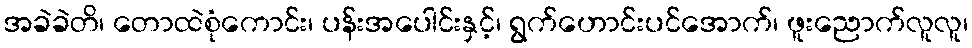
အခဲခဲတိ၊ တောထဲစုံကောင်း၊ ပန်းအပေါင်းနှင့်၊ ရွက်ဟောင်းပင်အောက်၊ ဖူးညောက်လူလူ၊